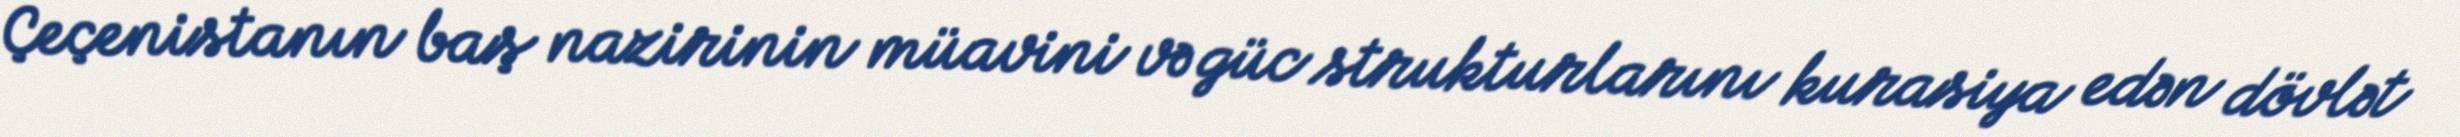
Çeçenistanın baş nazirinin müavini və güc strukturlarını kurasiya edən dövlət